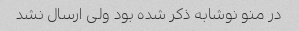
در منو نوشابه ذکر شده بود ولی ارسال نشد